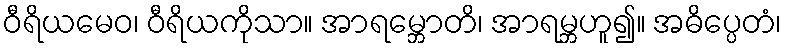
ဝီရိယမေဝ၊ ဝီရိယကိုသာ။ အာရမ္ဘောတိ၊ အာရမ္ဘဟူ၍။ အဓိပ္ပေတံ၊